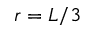
r = L / 3